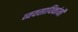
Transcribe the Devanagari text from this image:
व्यवसायिकांनी